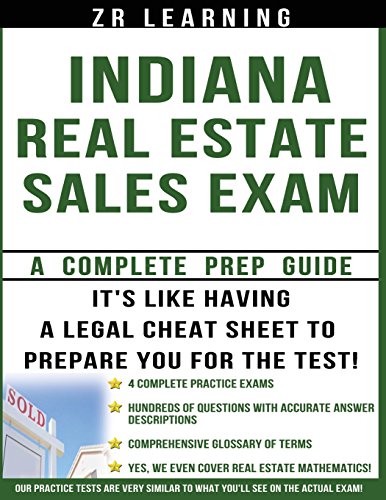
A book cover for Indiana Real Estate Sales Exam Questions; ZR Learning LLC; Business & Money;